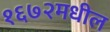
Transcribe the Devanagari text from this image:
१६७२मधील